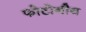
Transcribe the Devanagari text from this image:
फोटोनीय